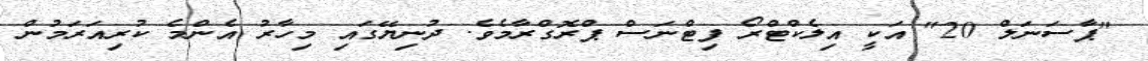
"ޕާސަނަލް 20" އަކީ އިލެކްޓްރޯ ފިޓްނަސް ޕްރޮގްރާމެވެ. ދުނިޔޭގައި މިހާރު އެންމެ ކުރިއަރަމުން